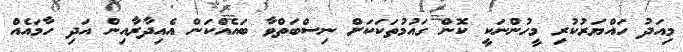
މިއަދު ހައްޔަރުކުރި މީހުންނަކީ ކޮން ގައުމުތަކަކަށް ނިސްބަތްވާ ބައެއްކަން އެއިދާރާއިން އަދި ހާމައެއް